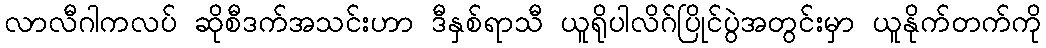
လာလီဂါကလပ် ဆိုစီဒက်အသင်းဟာ ဒီနှစ်ရာသီ ယူရိုပါလိဂ်ပြိုင်ပွဲအတွင်းမှာ ယူနိုက်တက်ကို